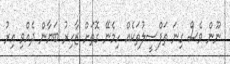
ނޫން ވެސް ގިނަ ތަފްސީލުތަކެއް ހިމެނޭ ގޮތަށް ޒާހިރު ބަޔާން ދެއްވި އިރު